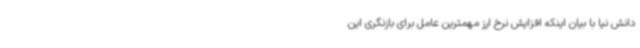
دانش نیا با بیان اینکه افزایش نرخ ارز مهمترین عامل برای بازنگری این